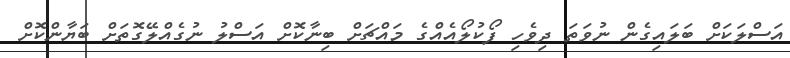
އަސްލަކަށް ބަލައިގެން ނުވަތަ ދިވެހި ފޯކުލޯއެއްގެ މައްޗަށް ބިނާކޮށް އަސްލު ނުގެއްލޭގޮތަށް ބަޔާންކޮށް